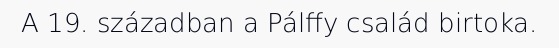
A 19. században a Pálffy család birtoka.